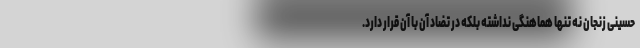
حسینی زنجان نه تنها هماهنگی نداشته بلکه در تضاد آن با آن قرار دارد.